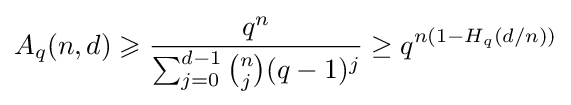
A_{q}(n,d)\geqslant {\frac {q^{n}}{\sum _{j=0}^{d-1}{\binom {n}{j}}(q-1)^{j}}}\geq q^{n(1-H_{q}(d/n))}